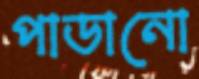
পাডানো